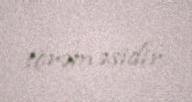
törəməsidir.